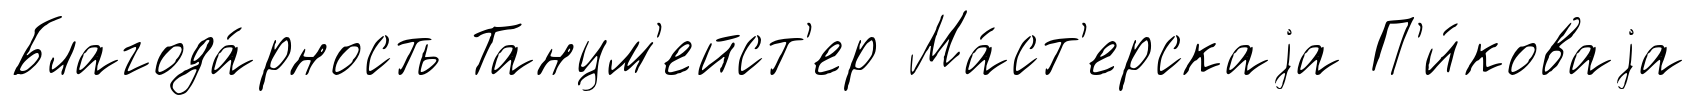
Благода́рность Танцм'ейст'ер Ма́ст'ерскаjа П'и́коваjа